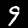
Digit: 9